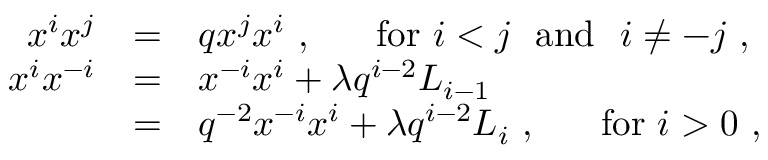
\begin{array} { r c l } { { x ^ { i } x ^ { j } } } & { { = } } & { { q x ^ { j } x ^ { i } ~ , ~ ~ ~ ~ ~ \mathrm { f o r } ~ i < j ~ ~ \mathrm { a n d } ~ ~ i \not = - j ~ , } } \\ { { x ^ { i } x ^ { - i } } } & { { = } } & { { x ^ { - i } x ^ { i } + \lambda q ^ { i - 2 } L _ { i - 1 } } } \\ { { } } & { { = } } & { { q ^ { - 2 } x ^ { - i } x ^ { i } + \lambda q ^ { i - 2 } L _ { i } ~ , ~ ~ ~ ~ ~ \mathrm { f o r } ~ i > 0 ~ , } } \end{array}